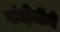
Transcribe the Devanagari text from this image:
गांधी़जींनी